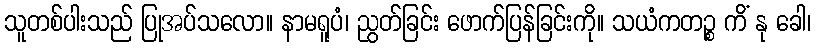
သူတစ်ပါးသည် ပြုအပ်သလော။ နာမရူပံ၊ ညွတ်ခြင်း ဖောက်ပြန်ခြင်းကို။ သယံကတဉ္စ ကိံ နု ခေါ၊